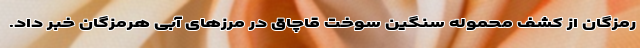
رمزگان از کشف محموله سنگین سوخت قاچاق در مرز‌های آبی هرمزگان خبر داد.